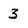
Character: 3